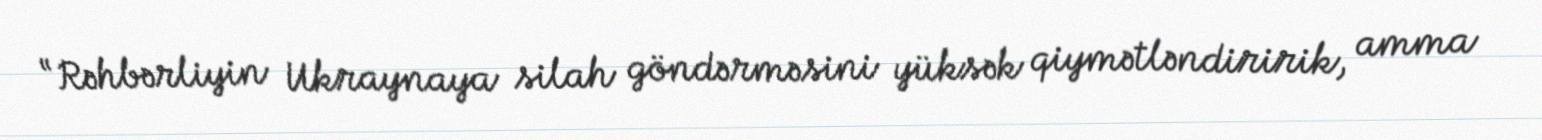
“Rəhbərliyin Ukraynaya silah göndərməsini yüksək qiymətləndiririk, amma